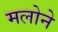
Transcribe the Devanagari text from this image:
मलोने